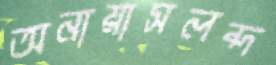
অনায়াসলব্দ